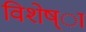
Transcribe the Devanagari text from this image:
विशेष्ा